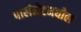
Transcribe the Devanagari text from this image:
पार्लमेटमधील